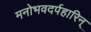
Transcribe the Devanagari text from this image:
मनोभवदर्पहारिन्